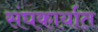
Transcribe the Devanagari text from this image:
संघकार्यात